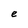
Character: e